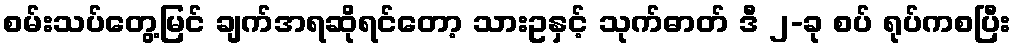
စမ်းသပ်တွေ့မြင် ချက်အရဆိုရင်တော့ သားဥနှင့် သုက်ဓာတ် ဒီ ၂-ခု စပ် ရုပ်ကစပြီး